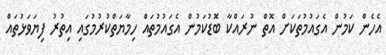
އެހެން ކަމުން އެގައުމުތަކަށް އޮތް ނުރައްކާ ބޮޑުކަމުން އެގައުމުތައް ހިމާޔަތްކުރުމުގައި އިތުރު ފިޔަވަޅުތައް